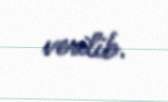
verilib.